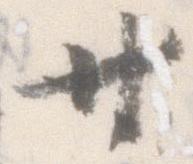
廿